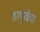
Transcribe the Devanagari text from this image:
शरपुंखेचा